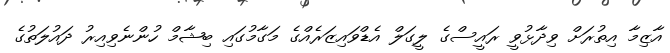
އާޒިމާ އިތުރަށް ވިދާޅުވީ ރައީސްގެ ލީގަލް އެޑްވައިޒަރެއްގެ މަގާމުގައި ބިޝާމް ހުންނެވިއިރު ދައުލަތުގެ